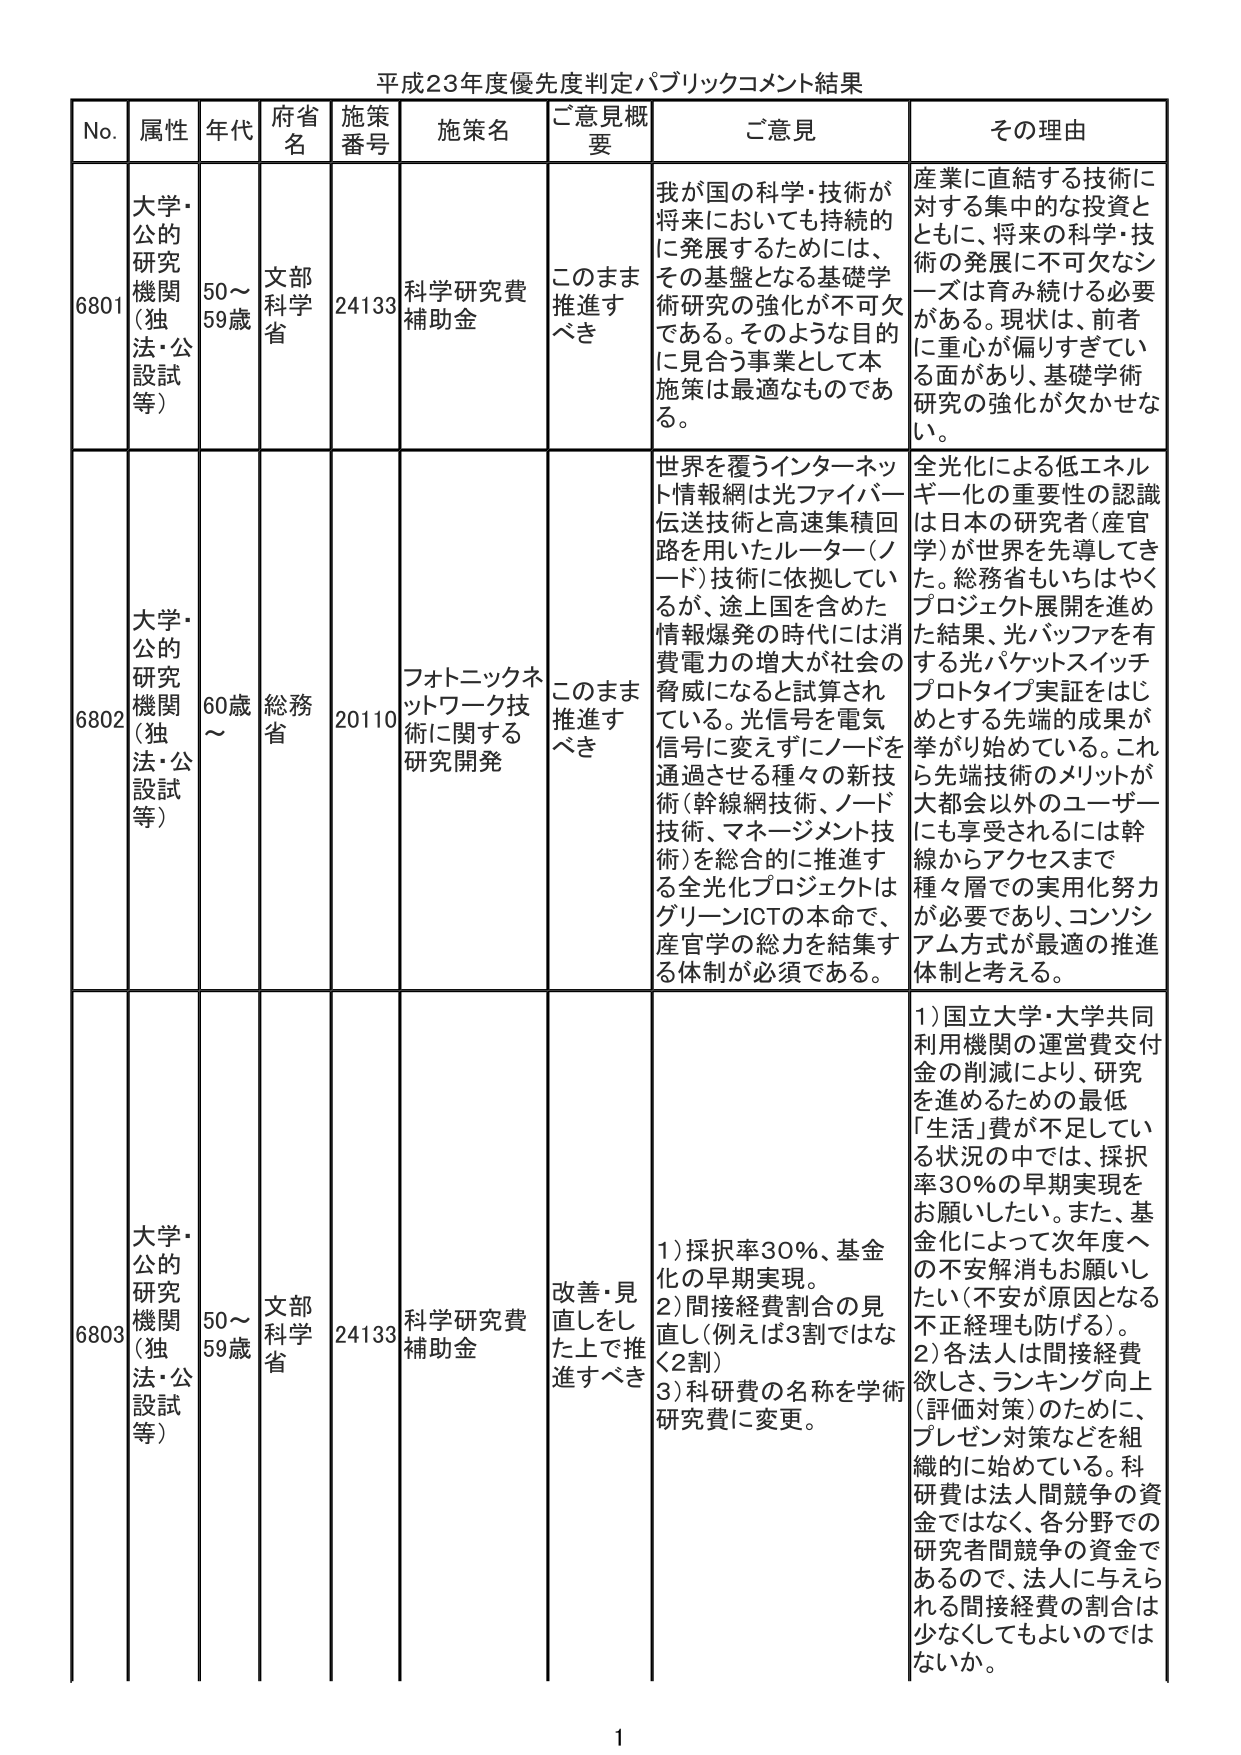
平成23年度優先度判定パブリックコメント結果

No. 属性 年代 府省名 施策番号 施策名 ご意見概要 ご意見 その理由

6801 大学・公的研究機関（独法・公設試等） 50～59歳 文部科学省 24133 科学研究費補助金 このまま推進すべき 我が国の科学・技術が将来においても持続的に発展するためには、その基盤となる基礎学術研究の強化が不可欠である。そのような目的に見合う事業として本施策は最適なものである。 産業に直結する技術に対する集中的な投資とともに、将来の科学・技術の発展に不可欠なシーズは育み続ける必要がある。現状は、前者に重心が偏りすぎている面があり、基礎学術研究の強化が欠かせない。

6802 大学・公的研究機関（独法・公設試等） 60歳～ 総務省 20110 フォトニックネットワーク技術に関する研究開発 このまま推進すべき 世界を覆うインターネット情報網は光ファイバー伝送技術と高速集積回路を用いたルーター（ノード）技術に依拠しているが、途上国を含めた情報爆発の時代には消費電力の増大が社会的脅威になると試算されている。光信号を電気信号に変えずにノードを通過させる種々の新技術（幹線網技術、ノード技術、マネージメント技術）を総合的に推進する全光化プロジェクトはグリーンICTの本命で、産官学の総力を結集する体制が必須である。 全光化による低エネルギー化の重要性の認識は日本の研究者（産官学）が世界を先導してきた。総務省もいち早くプロジェクト展開を進めた結果、光バッファを有する光パケットスイッチプロトタイプ実証をはじめとする先端的成果が挙がり始めている。これら先端技術のメリットが大都会以外のユーザーにも享受されるには幹線からアクセスまで種々層での実用化努力が必要であり、コンソーシアム方式が最適の推進体制と考える。

6803 大学・公的研究機関（独法・公設試等） 50～59歳 文部科学省 24133 科学研究費補助金 改善・見直しをした上で推進すべき 1）採択率30％、基金化の早期実現。 2）間接経費割合の見直し（例えば3割ではなく2割） 3）科研費の名称を学術研究費に変更。 1）国立大学・大学共同利用機関の運営費交付金の削減により、研究を進めるための最低「生活」費が不足している状況の中では、採択率30％の早期実現をお願いしたい。また、基金化によって次年度への不安解消をお願いしたい（不安が原因となる不正経理も防げる）。 2）各法人は間接経費欲しさ、ランキング向上（評価対策）のために、プレゼン対策などを組織的に始めている。科研費は法人間競争の資金ではなく、各分野での研究者間競争の資金であるので、法人に与えられる間接経費の割合は少なくしてもよいのではないか。

1